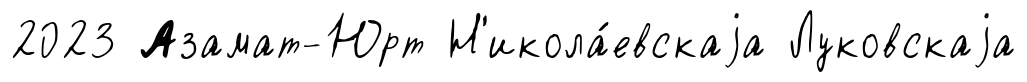
2023 Азамат-Юрт Н'икола́евскаjа Луковскаjа